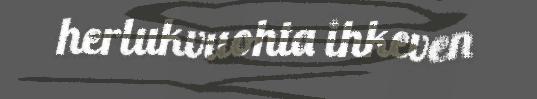
herlukvuohta ihkeven